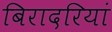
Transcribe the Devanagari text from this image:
बिरादरियां